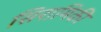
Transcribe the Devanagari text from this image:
सिरामिकी